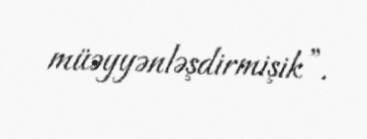
müəyyənləşdirmişik”.